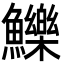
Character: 鱳